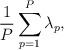
LaTeX: \begin{align*}\frac{1}{P}\sum_{p=1}^{P}{\lambda_p},\end{align*}